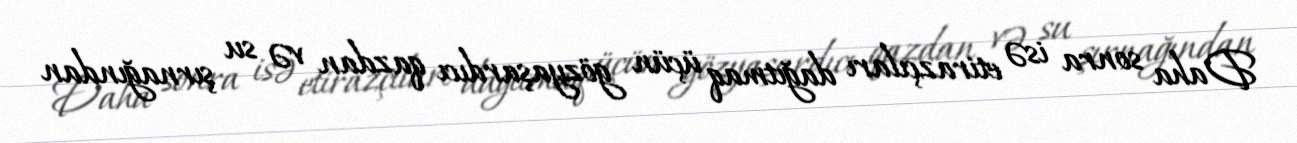
Daha sonra isə etirazçıları dağıtmaq üçün gözyaşardıcı qazdan və su şırnağından